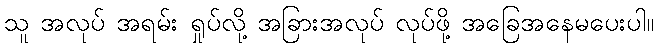
သူ အလုပ် အရမ်း ရှုပ်လို့ အခြားအလုပ် လုပ်ဖို့ အခြေအနေမပေးပါ။